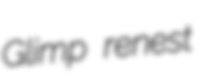
Glimp renest